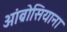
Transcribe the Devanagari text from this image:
आंब्रोसियाना